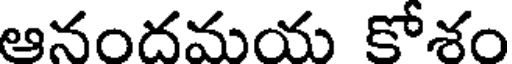
ఆనందమయ కోశం